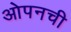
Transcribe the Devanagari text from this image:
ओपनची